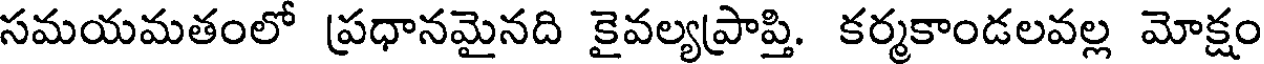
సమయమతంలో ప్రధానమైనది కైవల్యప్రాప్తి. కర్మకాండలవల్ల మోక్షం